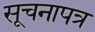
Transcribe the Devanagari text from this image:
सूचनापत्र